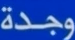
وجدة